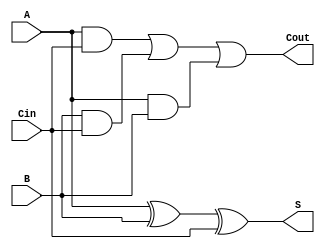
// Copyright (C) 2023  Intel Corporation. All rights reserved.
// Your use of Intel Corporation's design tools, logic functions 
// and other software and tools, and any partner logic 
// functions, and any output files from any of the foregoing 
// (including device programming or simulation files), and any 
// associated documentation or information are expressly subject 
// to the terms and conditions of the Intel Program License 
// Subscription Agreement, the Intel Quartus Prime License Agreement,
// the Intel FPGA IP License Agreement, or other applicable license
// agreement, including, without limitation, that your use is for
// the sole purpose of programming logic devices manufactured by
// Intel and sold by Intel or its authorized distributors.  Please
// refer to the applicable agreement for further details, at
// https://fpgasoftware.intel.com/eula.

// PROGRAM		"Quartus Prime"
// VERSION		"Version 22.1std.1 Build 917 02/14/2023 SC Lite Edition"
// CREATED		"Fri Sep 15 16:25:23 2023"

module full_adder(
	A,
	B,
	Cin,
	S,
	Cout
);


input wire	A;
input wire	B;
input wire	Cin;
output wire	S;
output wire	Cout;

wire	n1;
wire	SYNTHESIZED_WIRE_0;
wire	SYNTHESIZED_WIRE_1;
wire	SYNTHESIZED_WIRE_2;




assign	n1 = A ^ B;

assign	S = n1 ^ Cin;

assign	SYNTHESIZED_WIRE_1 = B & Cin;

assign	Cout = SYNTHESIZED_WIRE_0 | SYNTHESIZED_WIRE_1 | SYNTHESIZED_WIRE_2;

assign	SYNTHESIZED_WIRE_2 = A & B;

assign	SYNTHESIZED_WIRE_0 = A & Cin;


endmodule